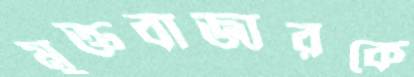
মুক্তবাজারকে